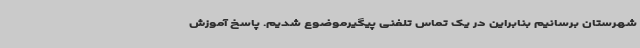
شهرستان برسانیم بنابراین در یک تماس تلفنی پیگیرموضوع شدیم. پاسخ آموزش